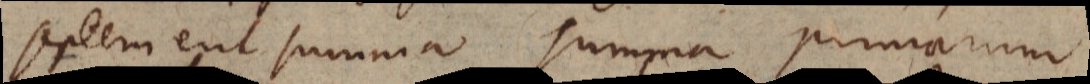
septem eut summa sumpra primarum